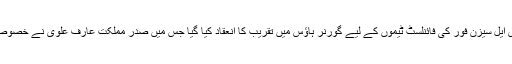
کراچی: پی ایس ایل سیزن فور کی فائنلسٹ ٹیموں کے لیے گورنر ہاؤس میں تقریب کا انعقاد کیا گیا جس میں صدر مملکت عارف علوی نے خصوصی شرکت کی۔